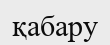
қабару